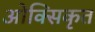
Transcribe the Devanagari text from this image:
ओक्सिकृत